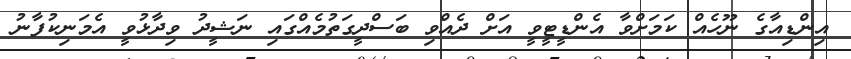
އިންޑިއާގެ ނޫހެއް ކަމަށްވާ އެންޑީޓީވީ އަށް ދެއްވި ބަސްދީގަތުމެއްގައި ނަޝީދު ވިދާޅުވީ އެމަނިކުފާނު